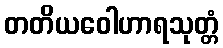
တတိယဝေါဟာရသုတ္တံ